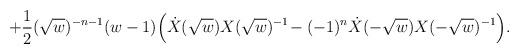
LaTeX: \begin{align*}+ {1\over 2} (\sqrt{w})^{-n -1} (w - 1) \Big(\dot X (\sqrt{w}) X(\sqrt{w})^{-1}\! - (-1)^n \dot X (-\sqrt{w}) X (-\sqrt{w})^{-1} \Big).\end{align*}